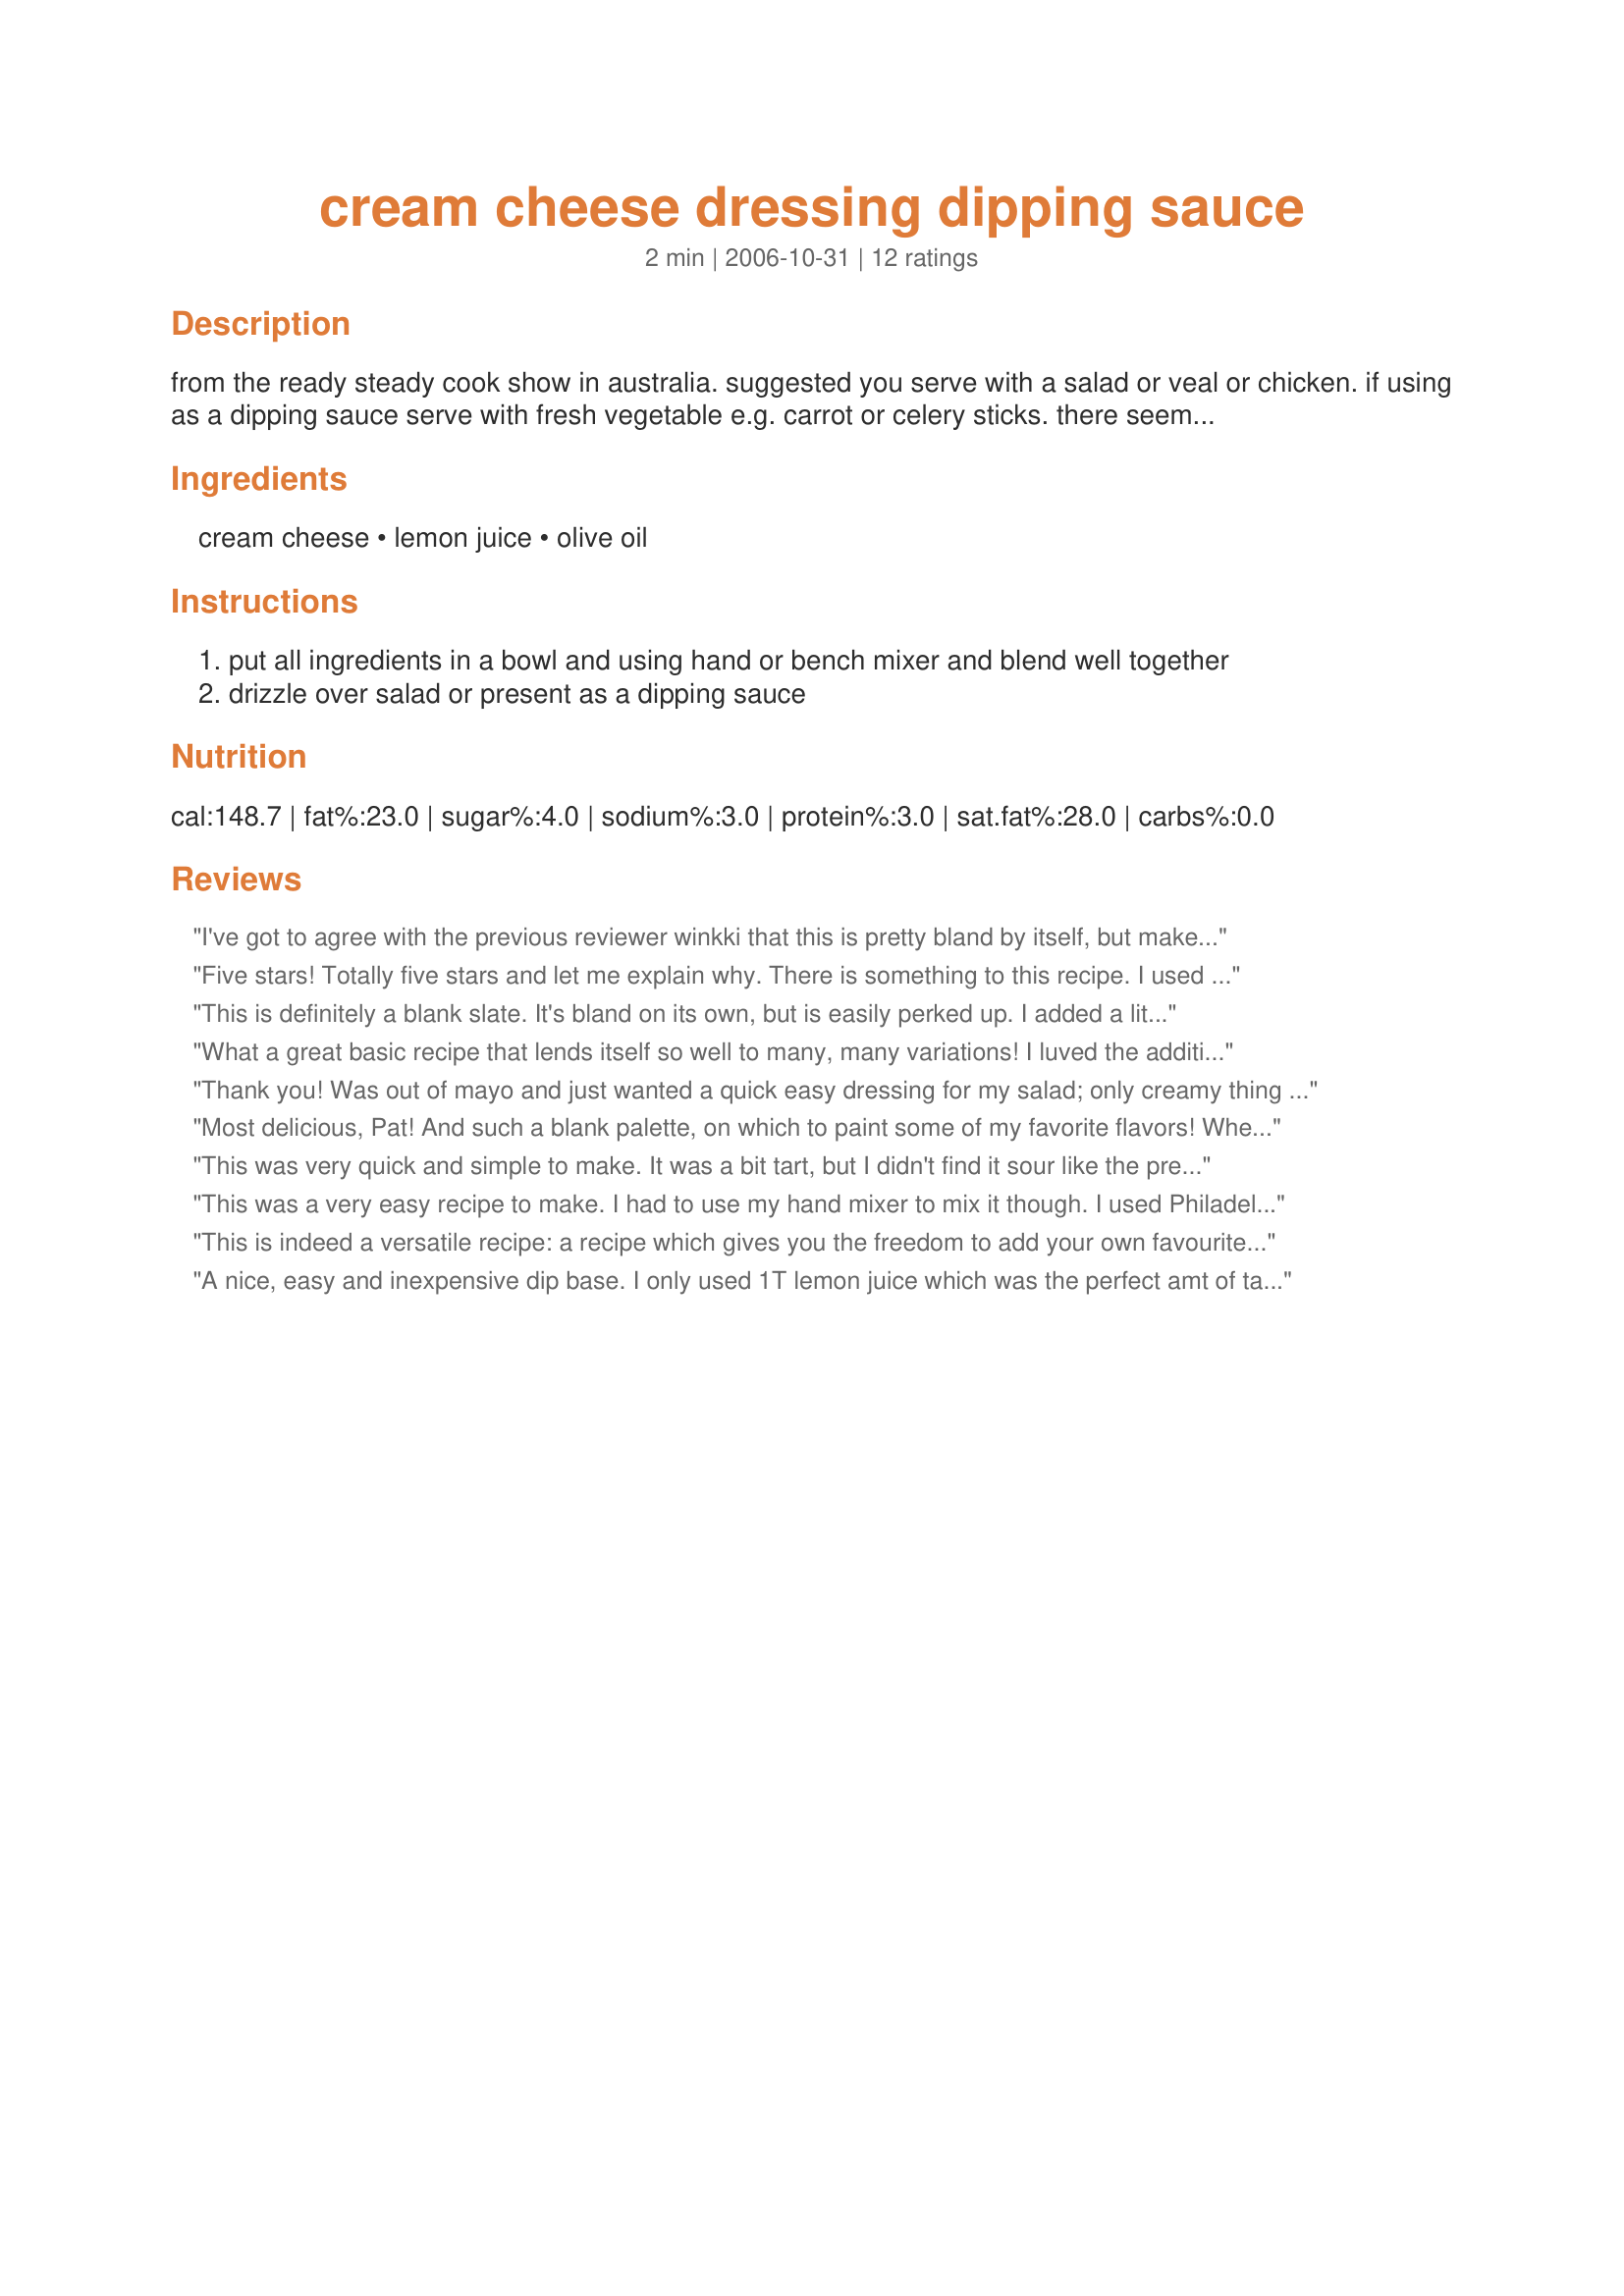
cream cheese dressing dipping sauce
Preparation time: 2 minutes

from the ready steady cook show in australia. suggested you serve with a salad or veal or chicken. if using as a dipping sauce serve with fresh vegetable e.g. carrot or celery sticks. there seems to be a general consensus that as it is it is bland but can be the basis for many different varities using different herbs and spices, examples given have been chives, basil or oregano. please feel free to experiment.

Ingredients:
cream cheese, lemon juice, olive oil

Steps:
put all ingredients in a bowl and using hand or bench mixer and blend well together
drizzle over salad or present as a dipping sauce

Reviews:
I've got to agree with the previous reviewer winkki that this is pretty bland by itself, but makes a great base which you could liven up with any number of different flavorings. I chose fresh chives and a bit of lower-sodium soy sauce for a little saltiness. Next time I'm thinking dill. And once the oregano seedling I just bought gets going I may try winkki's variation, too.
Five stars! Totally five stars and let me explain why. There is something to this recipe. I used an herbal infused olive oil along with the lemon juice and spread this on a piece of toasted French bread. It was utterly delicious. I can see how this could be the base, as others have suggested, for a multitude of added ingredients from the flavors of France to the earthy spices of Mexico. Made for Ed'n 8 Aus/NZ
This is definitely a blank slate. It's bland on its own, but is easily perked up. I added a little sweet/hot mustard to it; very nice. It was definitely too thick to drizzle, but works as a spread or dip. Next time I would cut the lemon juice in half, as it's on the tart side. Thanks for posting!
What a great basic recipe that lends itself so well to many, many variations!
I luved the addition of the olive oil, which added a lovely earthy flavour and made the cream cheese very spreadable. I added in some chives and also a little goat cheese, which made for a great treat!
THANK YOU SO MUCH for sharing this wonderful recipe with us, Pat!
Made and reviewed for the Aussie/NZ Recipe Swap June 2010.
Thank you! Was out of mayo and just wanted a quick easy dressing for my salad; only creamy thing in fridge was cream cheese. This exactly what I needed &amp; I would have never thought of it myself.
Most delicious, Pat! And such a blank palette, on which to paint some of my favorite flavors! When I saw this, I immediately thought of the sourdough toasts that I had sitting on my counter. This is a perfect accompaniment; i followed the basic recipe, adding a shake of salt and grinding of pepper, along with a pinch of oregano, basil and a hint of garlic. Smeared on my toasts, this is great for a quick lunch, or would be perfect as an appetizer. And it can be adjusted to suit your personal tastes! Perfect! Thanks so much for sharing, I'mPat!
This was very quick and simple to make. It was a bit tart, but I didn't find it sour like the previous reviewer, although it did need a bit of 'something.' I added some garlic, Greek oregano, and a dash of sea salt and it perked up nicely. I think the magic about this recipe, though, is its versatility. With such an open-ended base you could add in a whole variety of herbs and spices to this and adapt it as needed to a wide range of dishes. I will definitely keep playing with it. Thanks so much for posting!
This was a very easy recipe to make. I had to use my hand mixer to mix it though. I used Philadelphia cream cheese. In the end it just tasted like sour cheese and had no appeal for eating. Sorry.
This is indeed a versatile recipe: a recipe which gives you the freedom to add your own favourite herbs and spices. On this occasion, I added rosemary and sage, because I very much like those two herbs together but also because I'm really enjoying a nifty little grinder with this blend in it that I bought a few days ago. I also added several grindings of black pepper and about half a dozen roughly chopped walnuts. We enjoyed this as the dressing for what could have been a simple egg and potato salad but ended up as a truly scrumptious one! Thanks for sharing this recipe, Pat. I'll certainly use it again because it is SO versatile.
A nice, easy and inexpensive dip base. I only used 1T lemon juice which was the perfect amt of tartness for me. Also added 1 tsp fresh chives, 1/2 tsp minced garlic and 1/2 tsp Greek Seasoning. Served with garlic, herb crackers for a great snack. Next time, i will use my lemon basil in this one!!!! Made for MAKE MY RECIPE #5.
My family has a terrific way of using this bland, yet so very awesome cream cheese. I added little roasted garlic and chopped chives, and the DS and DD loved this to top their baked potatoe's.<br/>It is so quick and easy to make, and was just the thing for them.<br/>I know I will be asked to make this from now on when baked potatoe's are on the menu! Thanks goodness this is so quick and easy to make.
I loved how the flavours blended in this recipe and yet stayed perfectly detectable individually. The lemon remained tart but was perfectly matched to the creaminess of the cream cheese. This would be lovely with some roasted garlic added! Thanks for a great recipe.
